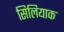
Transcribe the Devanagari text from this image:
सिलियाक